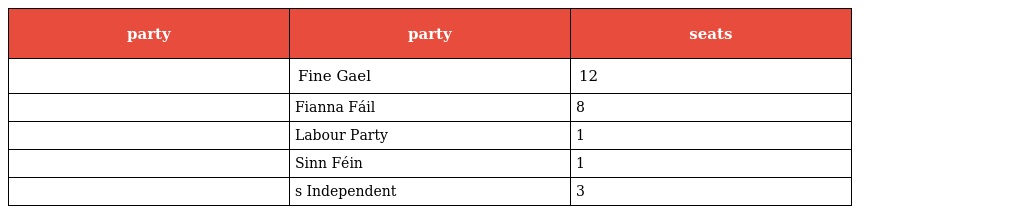
| party | party | seats |
 | --- | --- | --- |
 |  | Fine Gael | 12 |
 |  | Fianna Fáil | 8 |
 |  | Labour Party | 1 |
 |  | Sinn Féin | 1 |
 |  | s Independent | 3 |